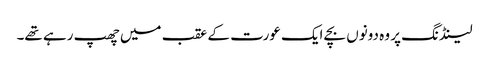
لینڈنگ پر وہ دونوں بچے ایک عورت کے عقب میں چھپ رہے تھے۔